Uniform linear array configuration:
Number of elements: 8
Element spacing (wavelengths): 1
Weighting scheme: binomial
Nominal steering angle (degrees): -30
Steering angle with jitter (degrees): -31.982
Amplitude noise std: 0.05
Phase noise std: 0.05

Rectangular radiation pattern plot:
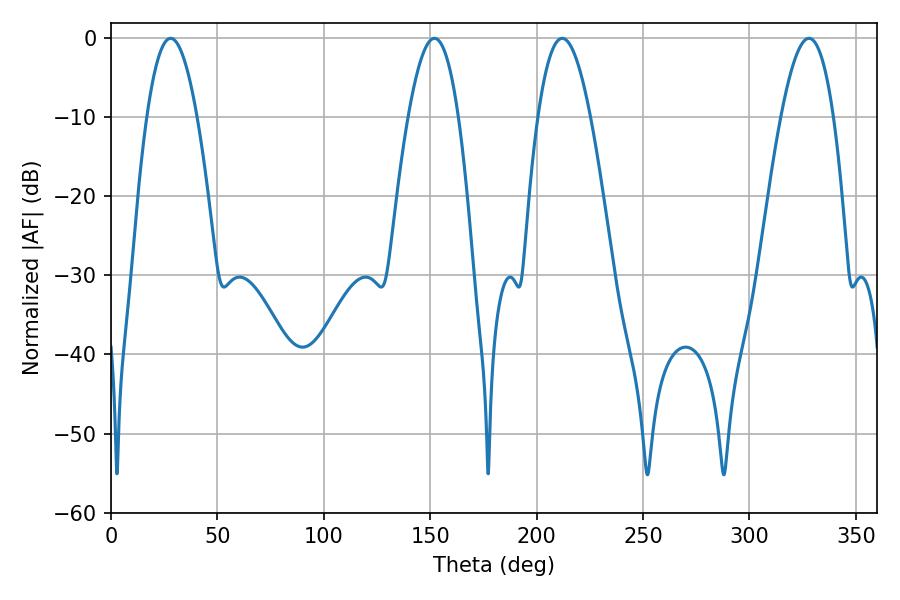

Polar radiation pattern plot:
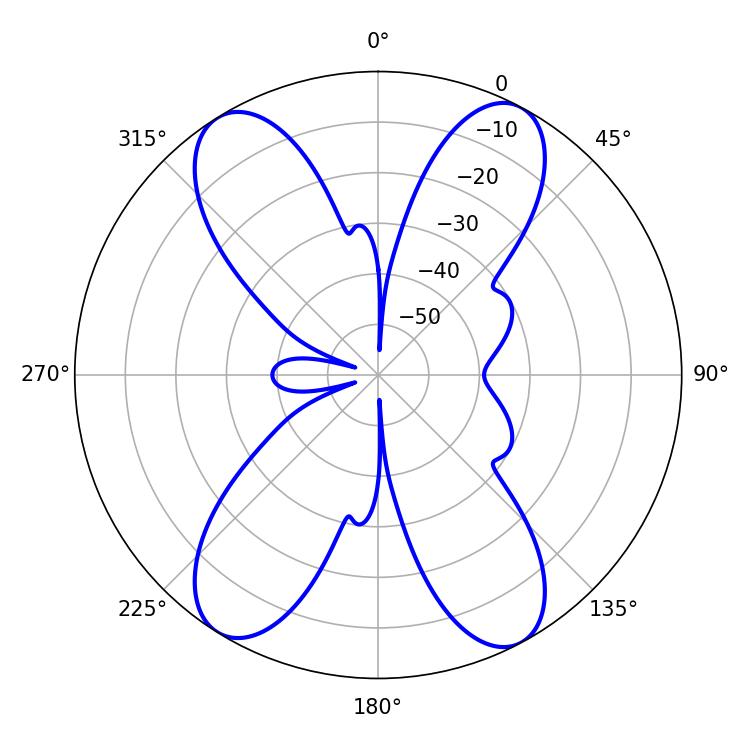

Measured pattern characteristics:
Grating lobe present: TRUE
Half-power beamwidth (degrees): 13.5
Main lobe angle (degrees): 212.04